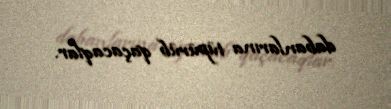
dabanlarına tüpürüb qaçacaqlar.